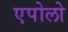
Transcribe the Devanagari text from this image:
एपोलो